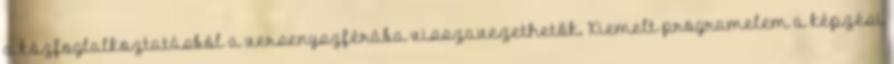
a közfoglalkoztatásból a versenyszférába visszavezethetők. Kiemelt programelem a képzési